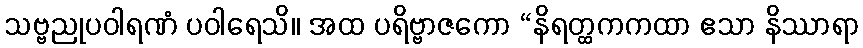
သဗ္ဗညုပဝါရဏံ ပဝါရေသိ။ အထ ပရိဗ္ဗာဇကော “နိရတ္ထကကထာ ဧသာ နိဿာရာ